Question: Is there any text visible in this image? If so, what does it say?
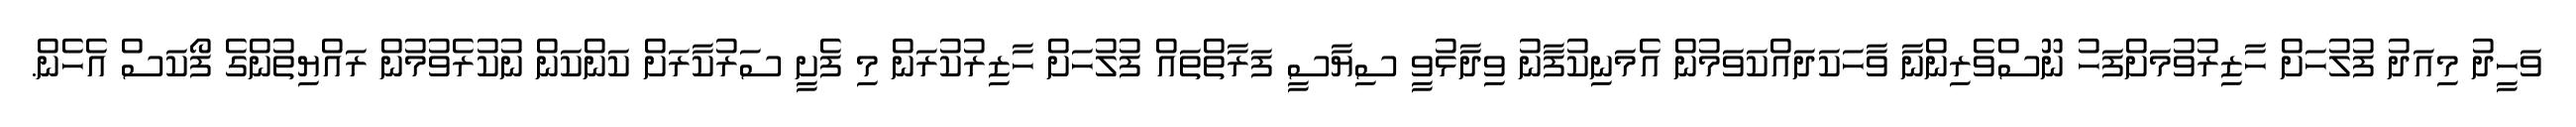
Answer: ވަހީދު މިއަދު ފުލުހަށް ހާޒިރުވުމަށްފަހު ނޫސްވެރިންނާ ވާހަކަދައްކަވަމުން އެމަނިކުފާނު ވިދާޅުވީ ސިޔާސީ ފަރާތްތައް ފުލުހަށް ހާޒިރުކުރަން މި ފެށީ ސަރުކާރަށް ކަންކަން ނުކުރެވުމުން ރައްޔިތުންގެ ފޯކަސް އެހެން.